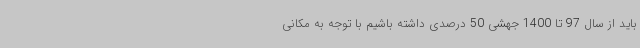
باید از سال 97 تا 1400 جهشی 50 درصدی داشته باشیم با توجه به مکانی